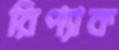
রিপ্যাক